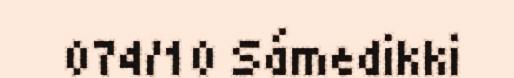
074/10 Sámedikki